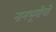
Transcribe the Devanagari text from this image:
नागभूमीची